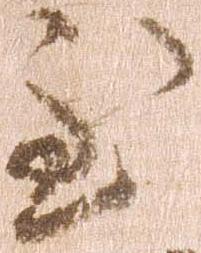
至